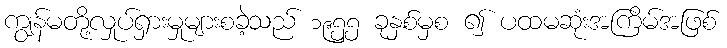
ကျွန်မတို့လှုပ်ရှားမှုများစခဲ့သည် ၁၉၅၅ ခုနှစ်မှစ ၍ ပထမဆုံးအကြိမ်အဖြစ်